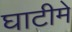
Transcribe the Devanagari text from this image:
घाटीमे